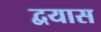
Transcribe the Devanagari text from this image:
द्वयास